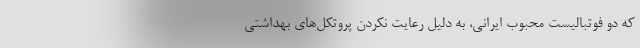
که دو فوتبالیست محبوب ایرانی، به دلیل رعایت نکردن پروتکل‌های بهداشتی